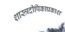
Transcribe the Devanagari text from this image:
शास्त्रदीपिकाप्रकाश